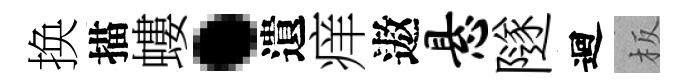
换描螻·遺痒遨悬隧迴板